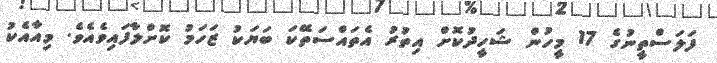
ފަލަސްތީނުގެ 17 މީހުން ޝަހީދުކޮށް އިތުރު އެތައްސަތޭކަ ބަޔަކު ޒަހަމު ކޮށްލާފައިވެއެވެ. މިއާއެކު